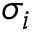
\sigma _ { i }